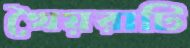
খৈয়রাটি